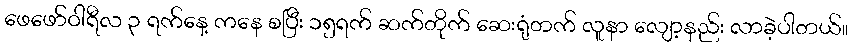
ဖေဖော်ဝါရီလ ၃ ရက်နေ့ ကနေ စပြီး ၁၅ရက် ဆက်တိုက် ဆေးရုံတက် လူနာ လျော့နည်း လာခဲ့ပါတယ်။